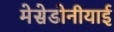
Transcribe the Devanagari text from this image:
मेसेडोनीयाई